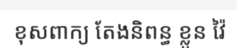
ខុសពាក្យ តែងនិពន្ធ ខ្លួន វ៉ៃ